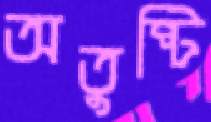
অতুষ্টি